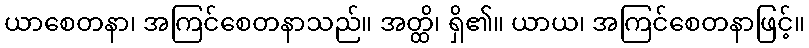
ယာစေတနာ၊ အကြင်စေတနာသည်။ အတ္ထိ၊ ရှိ၏။ ယာယ၊ အကြင်စေတနာဖြင့်။